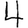
Digit: 4